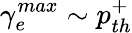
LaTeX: \gamma_{e}^{max}\sim p_{th}^{+}